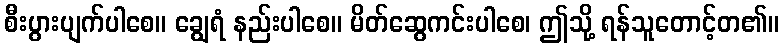
စီးပွားပျက်ပါစေ။ ချွေရံ နည်းပါစေ။ မိတ်ဆွေကင်းပါစေ၊ ဤသို့ ရန်သူတောင့်တ၏။